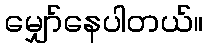
မျှော်နေပါတယ်။